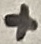
Text: +